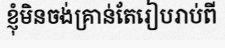
ខ្ញុំមិនចង់គ្រាន់តែរៀបរាប់ពី